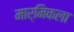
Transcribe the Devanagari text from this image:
मार्मिकला